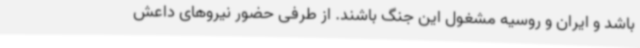
باشد و ایران و روسیه مشغول این جنگ باشند. از طرفی حضور نیروهای داعش